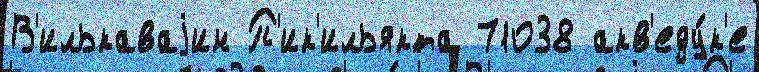
В'илькаваjин П'ик'ильякта 71038 акв'еду́к'е